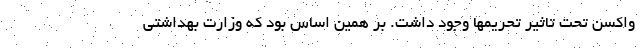
واکسن تحت تاثیر تحریمها وجود داشت. بر همین اساس بود که وزارت بهداشتی